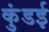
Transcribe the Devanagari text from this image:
कुंडई